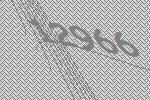
12966